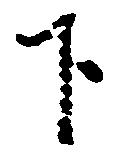
下